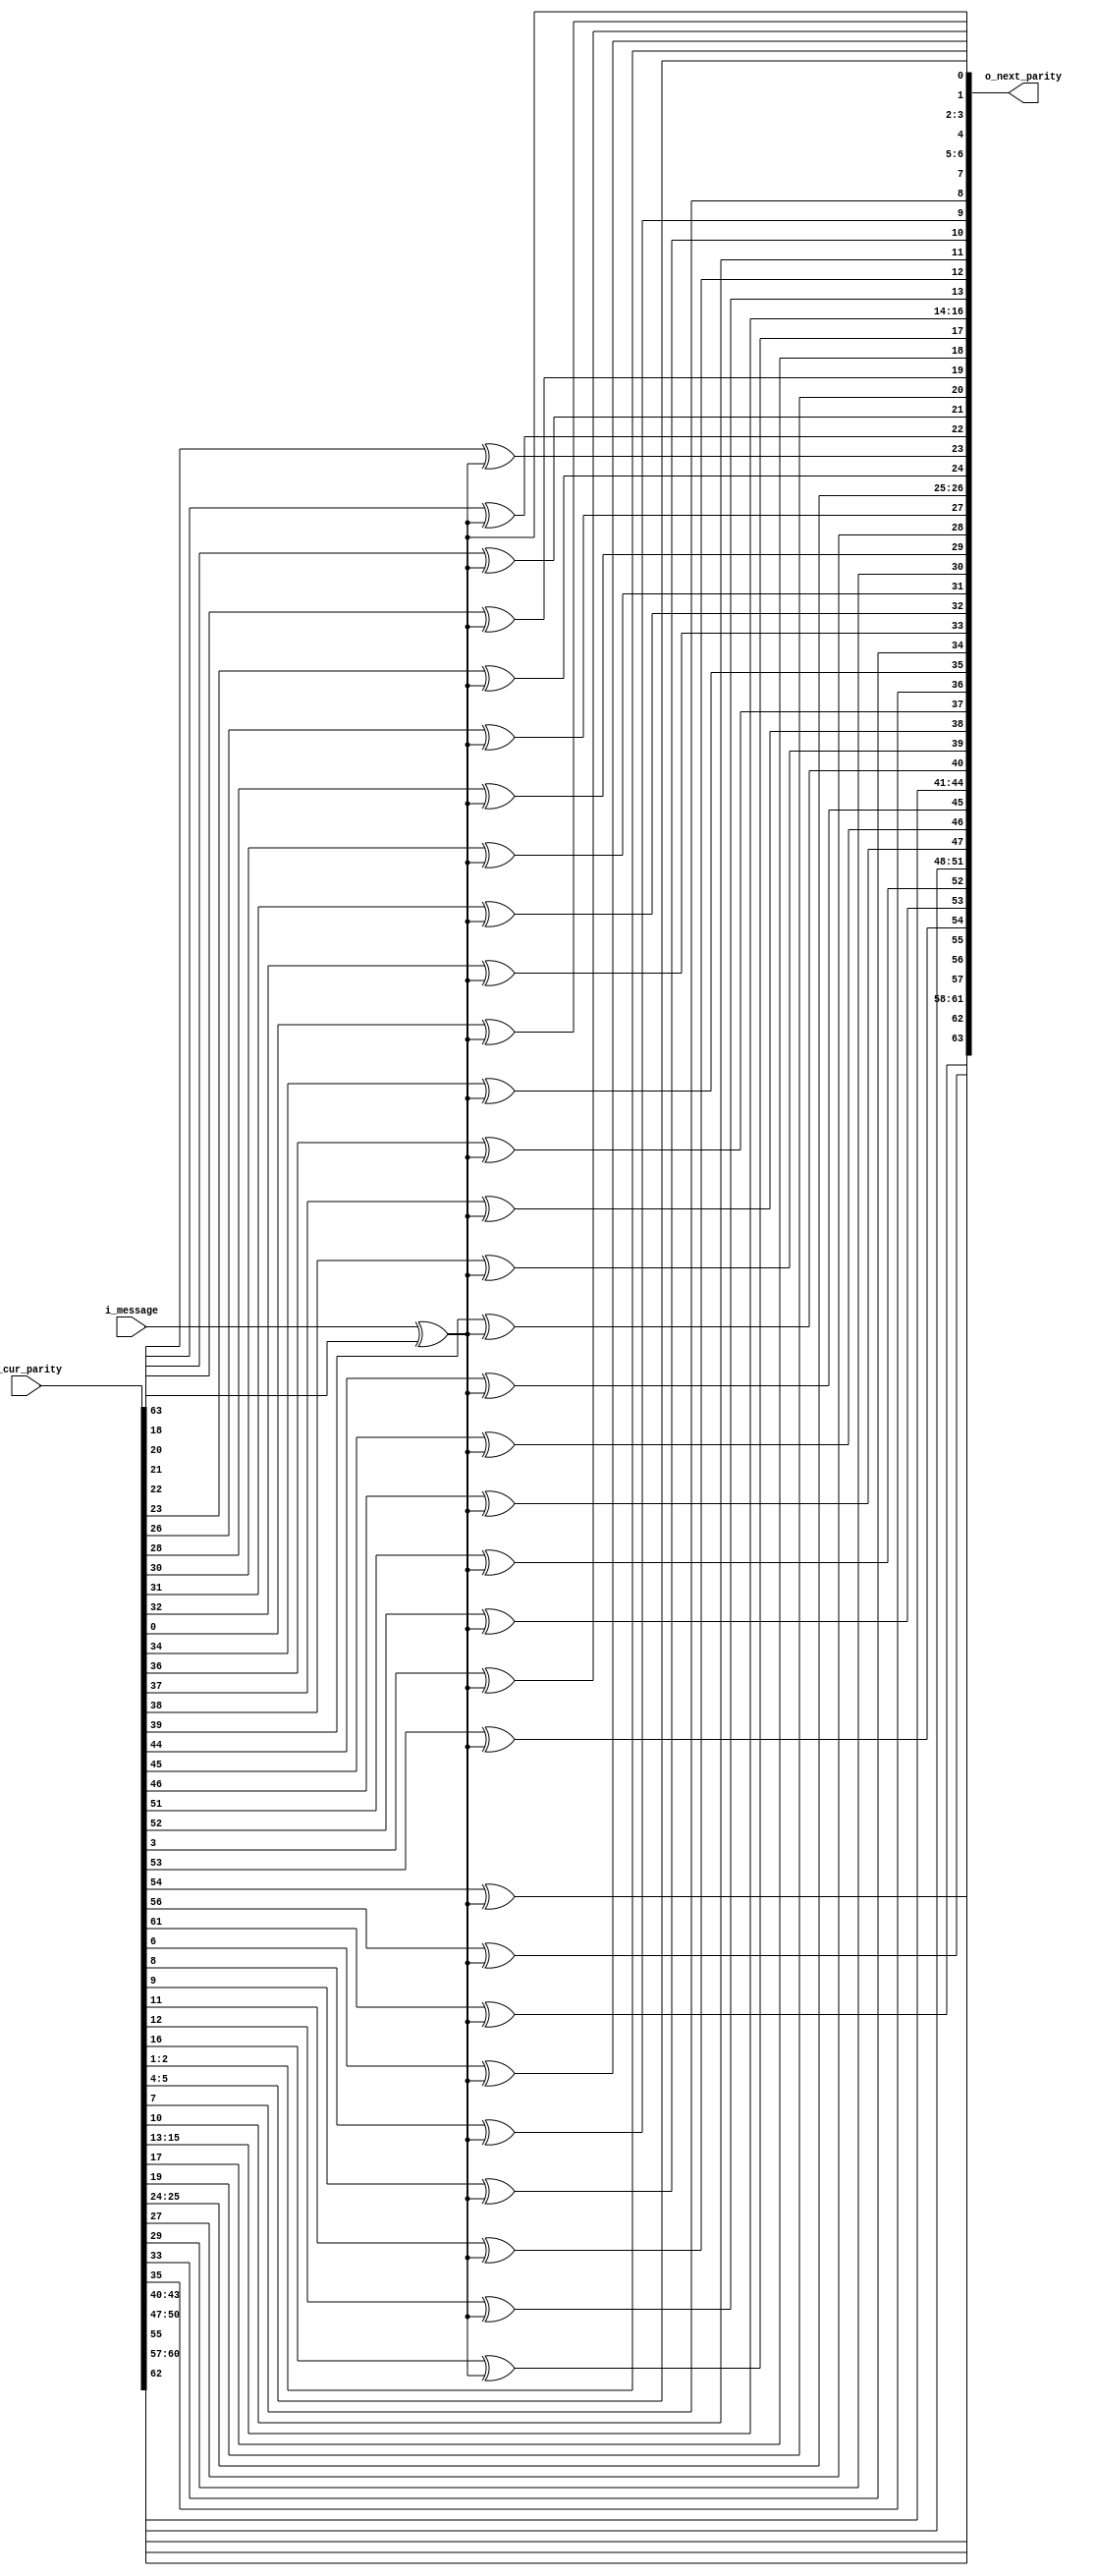
module CRC_serial_m_lfs_XOR
#(
	parameter	HASH_LENGTH = 64
)
(
	i_message     ,  
	i_cur_parity  ,  
	o_next_parity
);
	input						i_message    ;
	input	[HASH_LENGTH-1:0]	i_cur_parity  ;
	output	[HASH_LENGTH-1:0]	o_next_parity ;
	
	localparam	[0:64]	HASH_VALUE	=	65'b11001001011011000101011110010101110101111000011100001111010000101;
	
	wire	w_feedback_term;
	
	assign	w_feedback_term	=	i_message ^ i_cur_parity[HASH_LENGTH-1];
	
	assign	o_next_parity[0]	=	w_feedback_term;
	
	genvar	i;
	generate
		for (i=1; i<HASH_LENGTH; i=i+1)
		begin: linear_function
			if (HASH_VALUE[i] == 1)
				assign	o_next_parity[i] = i_cur_parity[i-1] ^ w_feedback_term;
			else
				assign	o_next_parity[i] = i_cur_parity[i-1];
		end
	endgenerate
	
endmodule